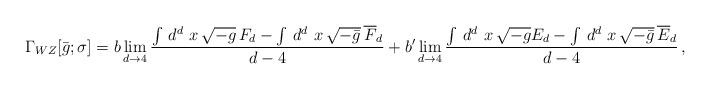
LaTeX: \begin{align*}\Gamma_{WZ}[\bar g;\sigma] = b \lim_{d\rightarrow 4} {\int\,d^d\,\,x\,\sqrt{-g}\, F_d - \int\,d^d\,\,x\,\sqrt{-\bar g}\,\overline F_d\over d-4}+ b'\lim_{d\rightarrow 4} {\int\,d^d\,\,x\,\sqrt{- g} E_d - \int\,d^d\,\,x\,\sqrt{-\bar g}\,\overline E_d\over d-4}\,,\end{align*}